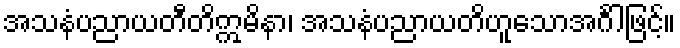
အသနံပညာယတီတိဣမိနာ၊ အသနံပညာယတိဟူသောအင်္ဂါဖြင့်။